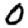
Digit: 0